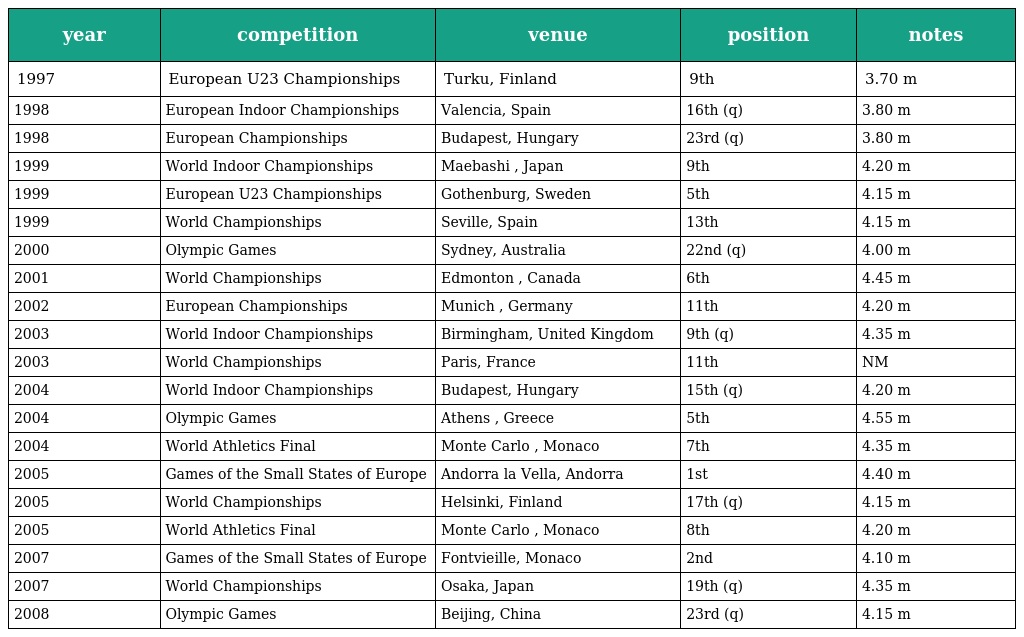
| year | competition | venue | position | notes |
 | --- | --- | --- | --- | --- |
 | 1997 | European U23 Championships | Turku, Finland | 9th | 3.70 m |
 | 1998 | European Indoor Championships | Valencia, Spain | 16th (q) | 3.80 m |
 | 1998 | European Championships | Budapest, Hungary | 23rd (q) | 3.80 m |
 | 1999 | World Indoor Championships | Maebashi , Japan | 9th | 4.20 m |
 | 1999 | European U23 Championships | Gothenburg, Sweden | 5th | 4.15 m |
 | 1999 | World Championships | Seville, Spain | 13th | 4.15 m |
 | 2000 | Olympic Games | Sydney, Australia | 22nd (q) | 4.00 m |
 | 2001 | World Championships | Edmonton , Canada | 6th | 4.45 m |
 | 2002 | European Championships | Munich , Germany | 11th | 4.20 m |
 | 2003 | World Indoor Championships | Birmingham, United Kingdom | 9th (q) | 4.35 m |
 | 2003 | World Championships | Paris, France | 11th | NM |
 | 2004 | World Indoor Championships | Budapest, Hungary | 15th (q) | 4.20 m |
 | 2004 | Olympic Games | Athens , Greece | 5th | 4.55 m |
 | 2004 | World Athletics Final | Monte Carlo , Monaco | 7th | 4.35 m |
 | 2005 | Games of the Small States of Europe | Andorra la Vella, Andorra | 1st | 4.40 m |
 | 2005 | World Championships | Helsinki, Finland | 17th (q) | 4.15 m |
 | 2005 | World Athletics Final | Monte Carlo , Monaco | 8th | 4.20 m |
 | 2007 | Games of the Small States of Europe | Fontvieille, Monaco | 2nd | 4.10 m |
 | 2007 | World Championships | Osaka, Japan | 19th (q) | 4.35 m |
 | 2008 | Olympic Games | Beijing, China | 23rd (q) | 4.15 m |